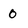
Character: 0